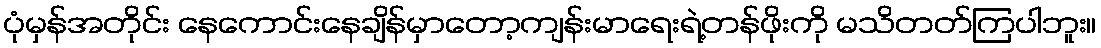
ပုံမှန်အတိုင်း နေကောင်းနေချိန်မှာတော့ကျန်းမာရေးရဲ့တန်ဖိုးကို မသိတတ်ကြပါဘူး။